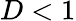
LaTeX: D<1